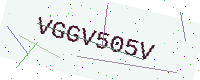
Text: VGGV505V